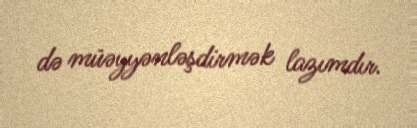
də müəyyənləşdirmək lazımdır.